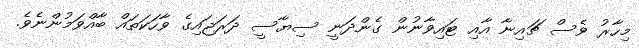
މިހާރު ވެސް ޗައިނާ އާއި ޓައިވާނުން ގެންދަނީ ސިޔާސީ ދަރަޖައިގެ ވާހަކަތައް ބާއްވަމުންނެވެ.